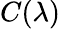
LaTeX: C(\lambda)